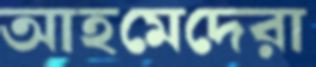
আহমেদেরা